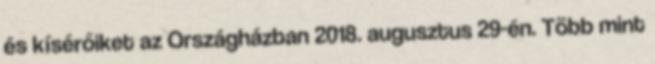
és kísérőiket az Országházban 2018. augusztus 29-én. Több mint